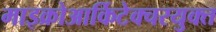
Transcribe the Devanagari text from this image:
माइक्रोआर्किटेक्चरयुक्त